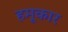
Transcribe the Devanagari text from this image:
हमूकार